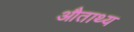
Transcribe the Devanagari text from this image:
औताथ्य